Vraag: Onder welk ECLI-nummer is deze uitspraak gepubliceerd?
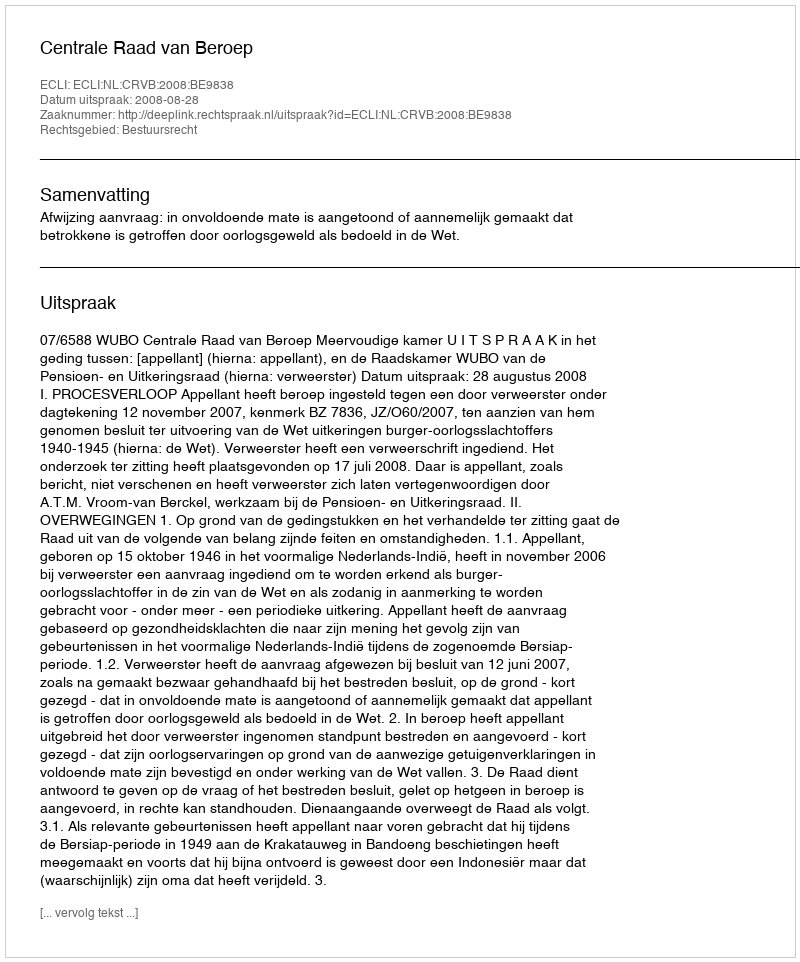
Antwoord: ECLI:NL:CRVB:2008:BE9838